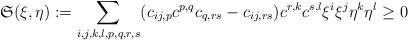
LaTeX: \begin{align*}\mathfrak{S}(\xi,\eta) := \sum_{i,j,k,l,p,q,r,s} (c_{ij,p}c^{p,q}c_{q,rs}-c_{ij,rs})c^{r,k}c^{s,l} \xi^i \xi^j \eta^k \eta^l \geq 0 \end{align*}